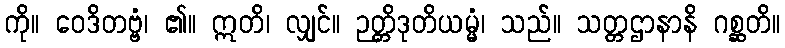
ကို။ ဝေဒိတဗ္ဗံ၊ ၏။ ဣတိ၊ လျှင်။ ဉတ္တိဒုတိယမ္မံ၊ သည်။ သတ္တဌာနာနိ ဂစ္ဆတိ။